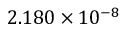
2 . 1 8 0 \times 1 0 ^ { - 8 }